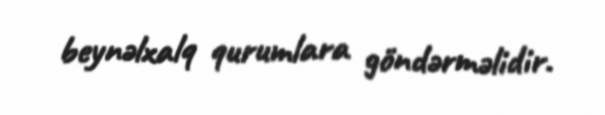
beynəlxalq qurumlara göndərməlidir.